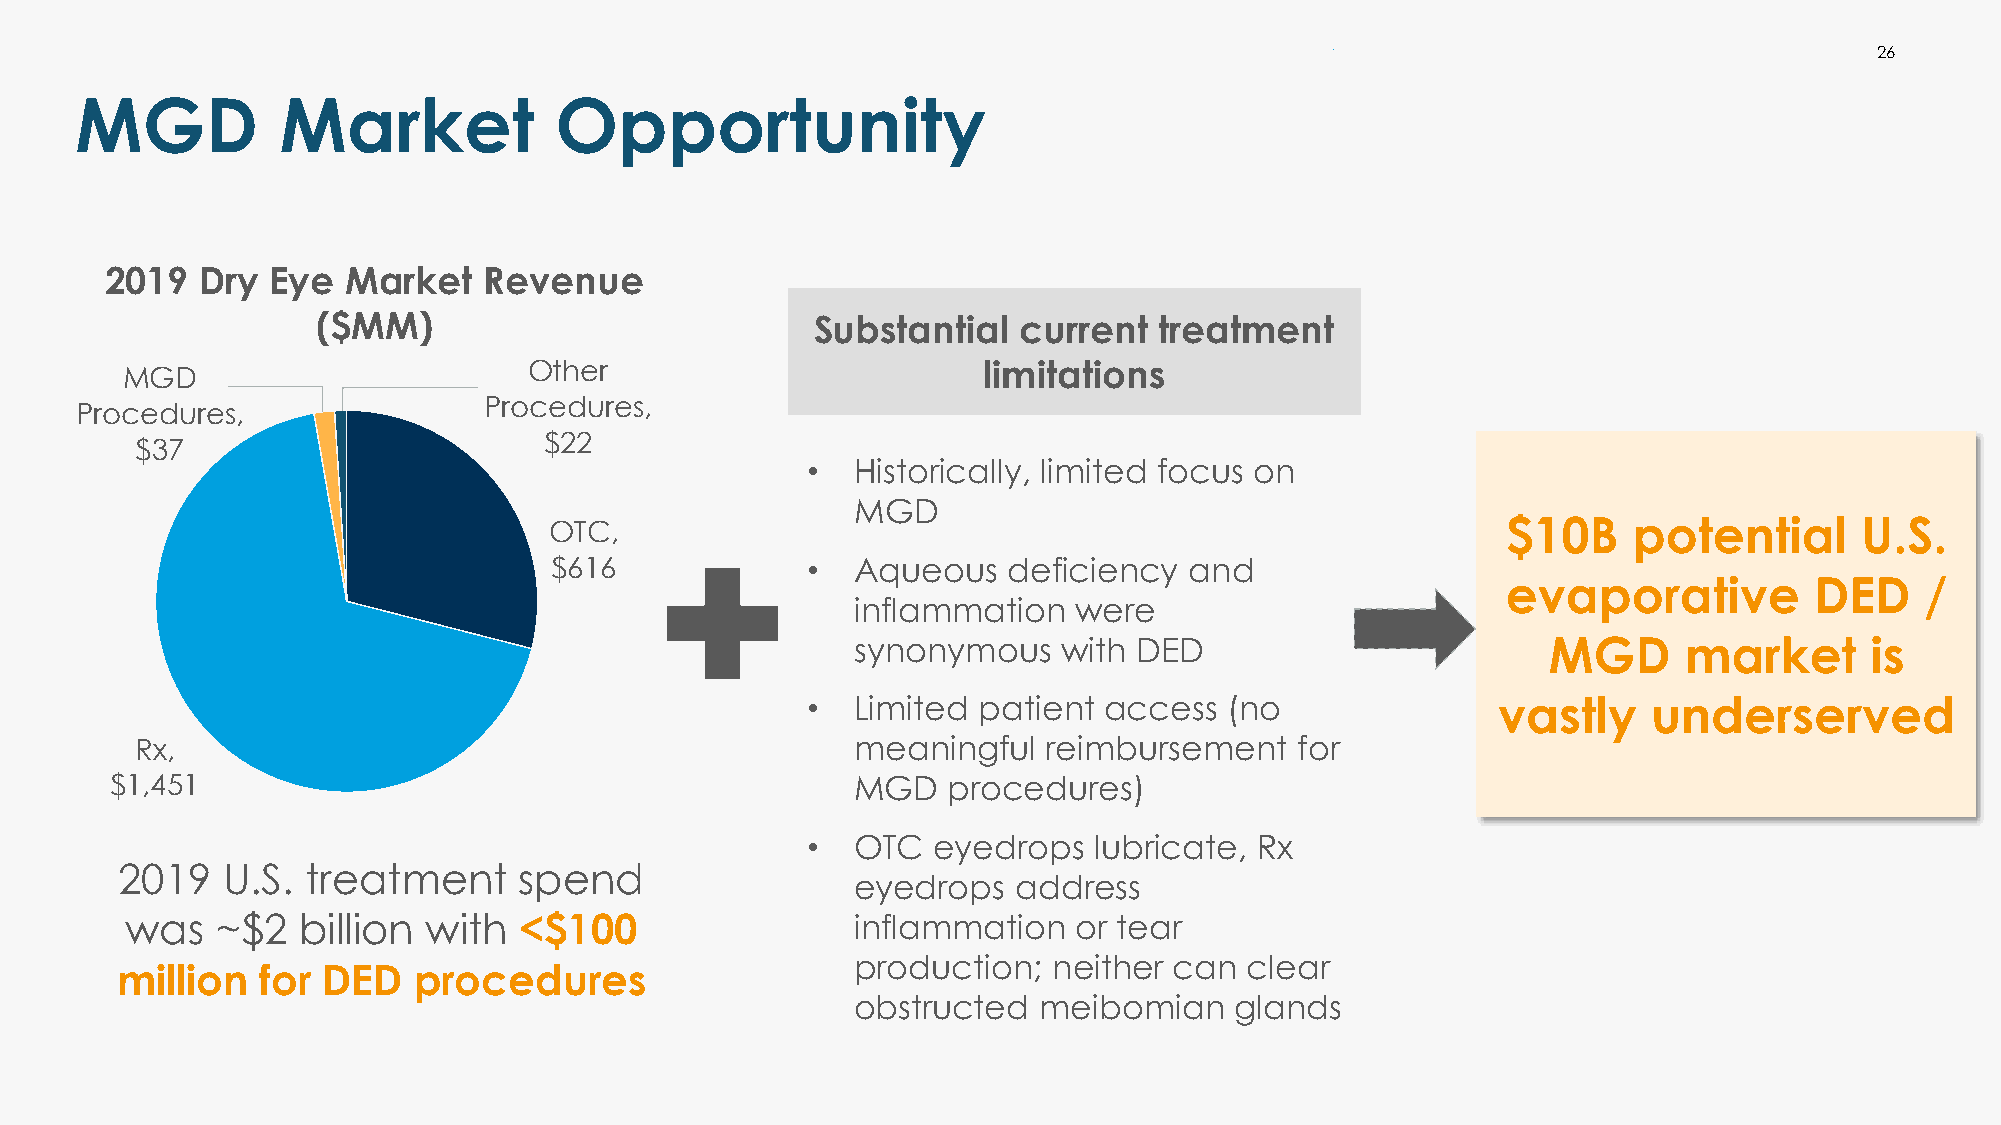
•                                   26
 MGD          Market             Opportunity
 2019  Dry  Eye  Market   Revenue
 ($MM)                            Substantial  current   treatment
 Other                         limitations
 MGD
 Procedures,
 Procedures,
 $22
 $37
 •   Historically, limited focus on
 MGD
 OTC,                                                            $10B    potential      U.S.
 $616             •   Aqueous   deficiency  and
 evaporative         DED    /
 inflammation  were
 synonymous   with DED                        MGD      market       is
 •   Limited patient access  (no               vastly    underserved
 Rx,                                             meaningful  reimbursement    for
 $1,451                                            MGD   procedures)
 •   OTC  eyedrops  lubricate, Rx
 2019   U.S. treatment     spend
 eyedrops  address
 was   ~$2   billion with  <$100                  inflammation  or tear
 production;  neither can  clear
 million  for DED   procedures
 obstructed  meibomian    glands